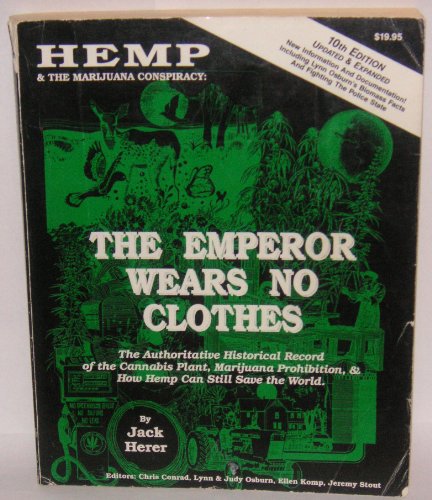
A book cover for The Emperor Wears No Clothes: The Emperor Wears No Clothes; Jack Herer; Crafts, Hobbies & Home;